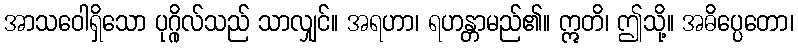
အာသဝေါရှိသော ပုဂ္ဂိုလ်သည် သာလျှင်။ အရဟာ၊ ရဟန္တာမည်၏။ ဣတိ၊ ဤသို့။ အဓိပ္ပေတော၊